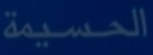
الحسيمة